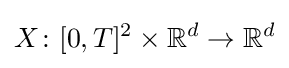
X\colon [0,T]^{2}\times \mathbb {R} ^{d}\to \mathbb {R} ^{d}